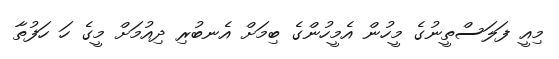
މިއީ ފަލަސްތީނުގެ މީހުން އެމީހުންގެ ބިމަށް އެނބުރި ދިއުމަށް މީގެ ހަ ހަފުތާ